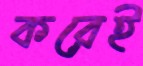
করেই